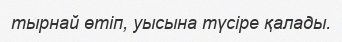
тырнай өтіп, уысына түсіре қалады.